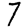
Digit: 7